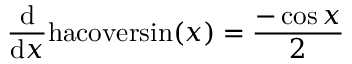
{ \frac { \mathrm { d } } { \mathrm { d } x } } \mathrm { h a c o v e r s i n } ( x ) = { \frac { - \cos { x } } { 2 } }